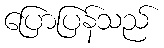
ပြောပြန်သည်